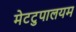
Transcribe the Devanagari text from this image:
मेटटुपालयम